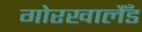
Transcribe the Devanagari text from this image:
गोरखालैँड